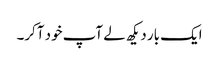
ایک بار دیکھ لے آپ خود آکر۔